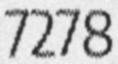
7278